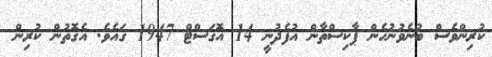
ކުރިންވެސް ބުނެވުނުހެން ޕާކިސްތާން އުފެދުނީ 14 އޮގަސްޓް 1947 ގައެވެ. އެގޮތުން ކުރިން